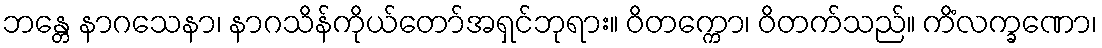
ဘန္တေ နာဂသေနာ၊ နာဂသိန်ကိုယ်တော်အရှင်ဘုရား။ ဝိတက္ကော၊ ဝိတက်သည်။ ကိံလက္ခဏော၊